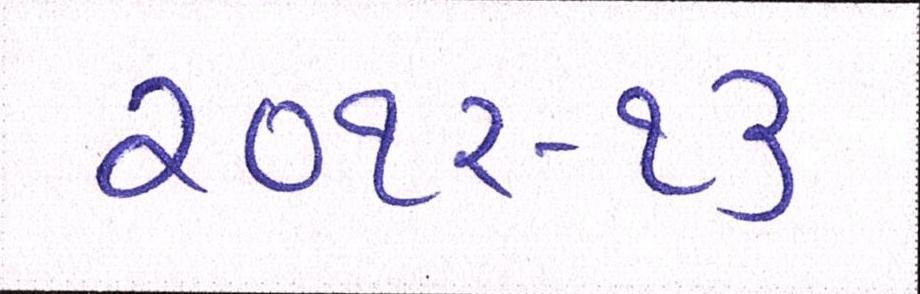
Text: ૨૦૧૨-૧૩